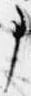
事